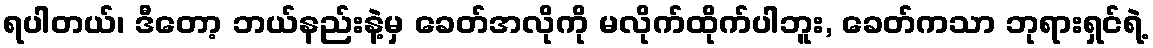
ရပါတယ်၊ ဒီတော့ ဘယ်နည်းနဲ့မှ ခေတ်အလိုကို မလိုက်ထိုက်ပါဘူး, ခေတ်ကသာ ဘုရားရှင်ရဲ့